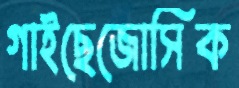
গাইছেজোসিক